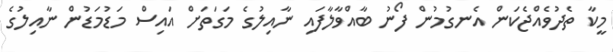
މީކާ ތެދުވެއްޖެކަން އެނގުމުން ފޯނު ބާއްވާލާފައި ނާއިލުގެ މަގަތަށް އައިސް މަޑުމަޑުން ނާއިލުގެ